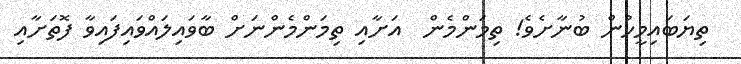
ތިޔަބައިމީހުން ބުނާށެވެ! ތިމަންމެން  އަށާއި ތިމަންމެންނަށް ބާވައިލައްވައިފައިވާ ފޮތަށާއި